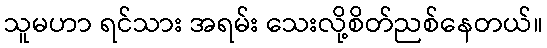
သူမဟာ ရင်သား အရမ်း သေးလို့စိတ်ညစ်နေတယ်။